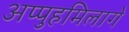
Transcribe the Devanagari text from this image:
अप्पुहमिलागे